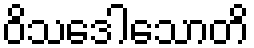
ဝိသဒေါသောတိ